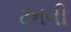
ટનની